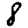
Digit: 8